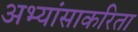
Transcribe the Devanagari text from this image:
अभ्यांसाकरिता